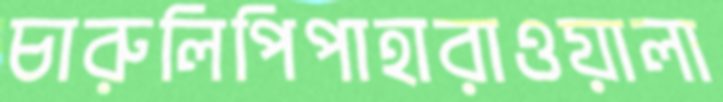
চারুলিপিপাহারাওয়ালা